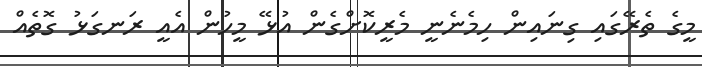
މީގެ ތެރޭގައި ގިނައިން ހިމެނެނީ މެރީކޮށްގެން އުޅޭ މީހުން އެއީ ރަނގަޅު ގޮތެއް